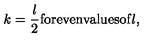
k = \frac l 2 \mathrm { f o r e v e n v a l u e s o f } l ,